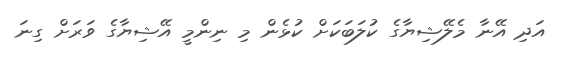
އަދި އޭނާ މެލޭޝިޔާގެ ކުލަބަކަށް ކުޅެން މި ނިންމީ އޭޝިޔާގެ ވަރަށް ގިނަ